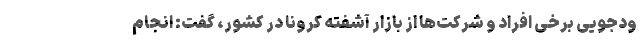
ودجویی برخی افراد و شرکت‌ها از بازار آشفته کرونا در کشور، گفت: انجام